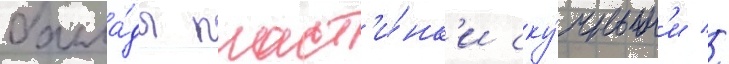
балла́ды пласт'и́нк'и ску́чным'и //